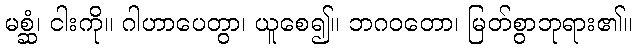
မစ္ဆံ၊ ငါးကို။ ဂါဟာပေတွာ၊ ယူစေ၍။ ဘဂဝတော၊ မြတ်စွာဘုရား၏။